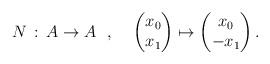
LaTeX: \begin{align*} N \,:\, A\to A ~~,~~~ \begin{pmatrix}x_0\\x_1\end{pmatrix} \mapsto \begin{pmatrix}x_0\\-x_1\end{pmatrix} .\end{align*}